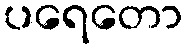
ပရေတော